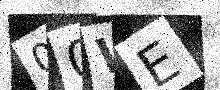
Text: 00WE